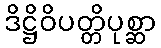
ဒိဋ္ဌိဝိပတ္တိပုစ္ဆာ